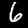
Label: 6